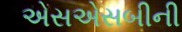
એસએસબીની